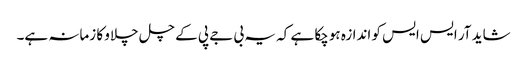
شاید آر ایس ایس کو اندازہ ہوچکا ہے کہ یہ بی جے پی کے چل چلاو کا زمانہ ہے۔